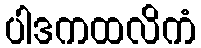
ပါဒကထလိကံ